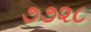
૭૭૨૮